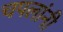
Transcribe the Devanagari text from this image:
चपलांनी